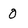
Character: 0